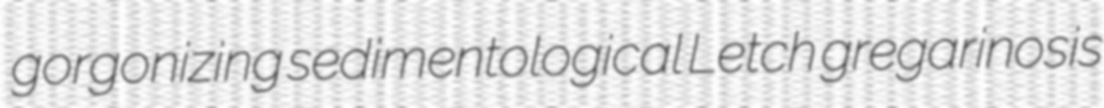
gorgonizing sedimentological Letch gregarinosis